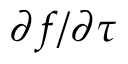
\partial f / \partial \tau